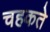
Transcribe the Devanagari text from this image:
चहकते